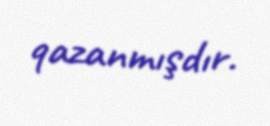
qazanmışdır.